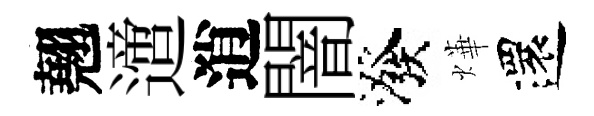
翹𨗁逍闇潑燁還